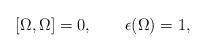
LaTeX: \begin{align*}[\Omega, \Omega] = 0, \qquad \epsilon(\Omega) = 1,\end{align*}